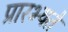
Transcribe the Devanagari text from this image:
प्रारभ्यते